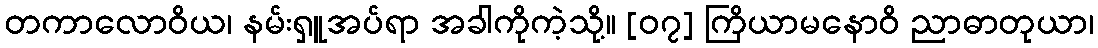
တကာလောဝိယ၊ နမ်းရှူအပ်ရာ အခါကိုကဲ့သို့။ [၀၇] ကြိယာမနောဝိ ညာဓာတုယာ၊